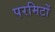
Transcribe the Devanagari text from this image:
परमिटों